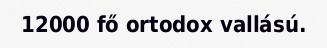
12000 fő ortodox vallású.